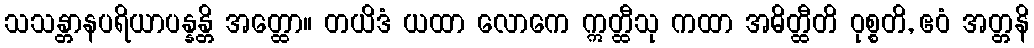
သသန္တာနပရိယာပန္နန္တိ အတ္ထော။ တယိဒံ ယထာ လောကေ ဣတ္ထီသု ကထာ အဓိတ္ထီတိ ဝုစ္စတိ, ဧဝံ အတ္တနိ